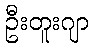
ဦးတူးဂျာ